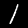
Label: 1